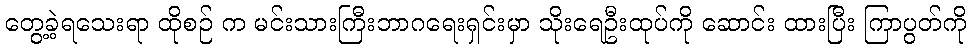
တွေ့ခဲ့ရသေးရာ ထိုစဉ် က မင်းသားကြီးဘာဂရေးရှင်းမှာ သိုးရေဦးထုပ်ကို ဆောင်း ထားပြီး ကြာပွတ်ကို